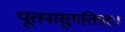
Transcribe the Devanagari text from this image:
पूतनासुगतिप्रदः।